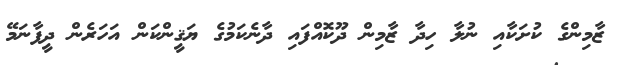
ޒާމިންގެ ކުށަކާއި ނުލާ ހިދާ ޒާމިން ދޫކޮއްފައި ދާނެކަމުގެ ޔަޤީންކަން އަހަރެން ދީފާނަމޭ